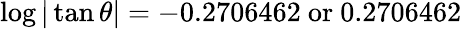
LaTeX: \log|\tan\theta|=-0.2706462{\mathrm{~or~}}0.2706462